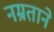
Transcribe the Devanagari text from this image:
नम्रताने